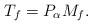
LaTeX: \begin{align*}T_f = P_\alpha M_f.\end{align*}